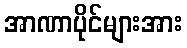
အာဏာပိုင်များအား